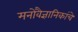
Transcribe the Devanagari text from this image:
मनोवैज्ञानिकांचे